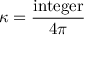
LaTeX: \kappa = { \frac { \mathrm { i n t e g e r } } { 4 \pi } }